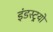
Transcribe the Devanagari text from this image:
इंडस्ट्र्यों